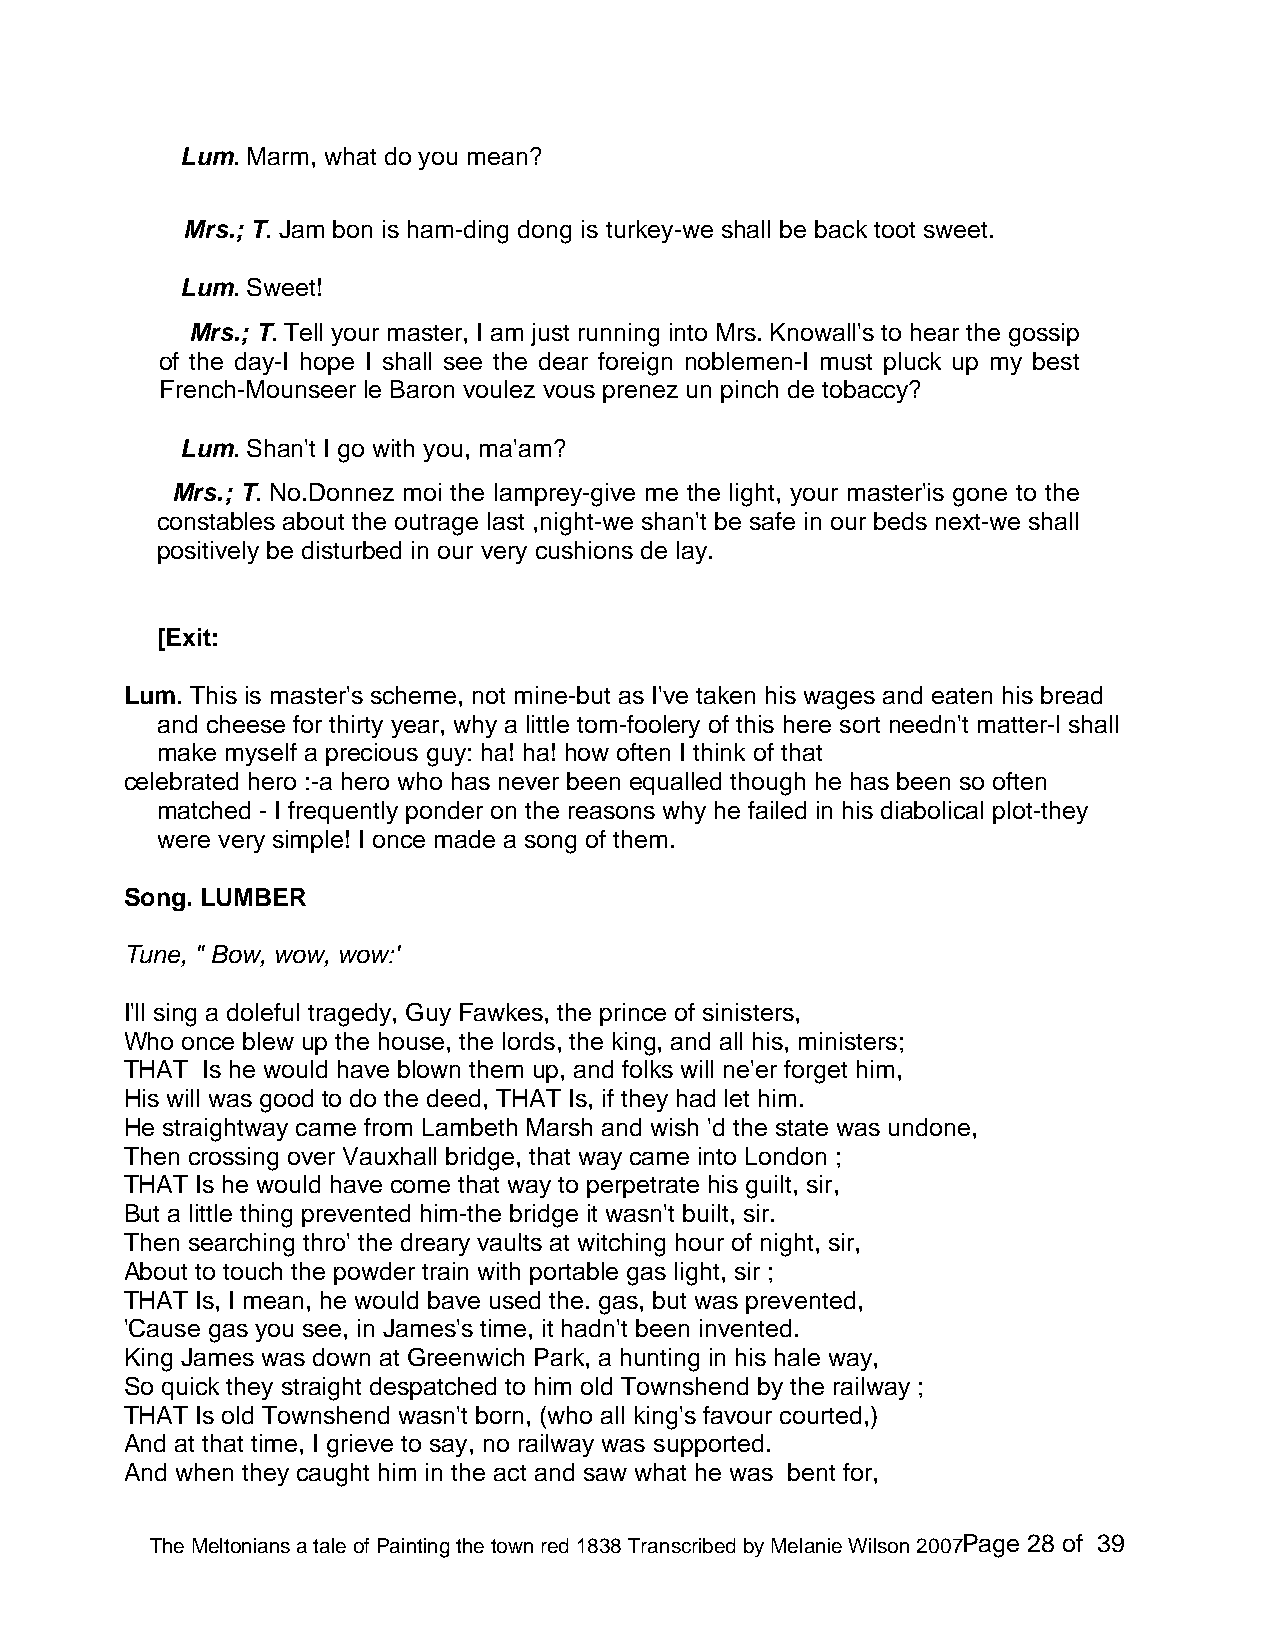
Lum. Marm, what do you mean?
 Mrs.; T. Jam bon is ham-ding dong is turkey-we shall be back toot sweet.
 Lum. Sweet!
 Mrs.; T. Tell your master, I am just running into Mrs. Knowall's to hear the gossip
 of the day-I hope I shall see the dear foreign noblemen-I must pluck up my best
 French-Mounseer le Baron voulez vous prenez un pinch de tobaccy?
 Lum. Shan't I go with you, ma'am?
 Mrs.; T. No.Donnez moi the lamprey-give me the light, your master'is gone to the
 constables about the outrage last ,night-we shan't be safe in our beds next-we shall
 positively be disturbed in our very cushions de lay.
 [Exit:
 Lum. This is master's scheme, not mine-but as I've taken his wages and eaten his bread
 and cheese for thirty year, why a little tom-foolery of this here sort needn't matter-l shall
 make myself a precious guy: ha! ha! how often I think of that
 celebrated hero :-a hero who has never been equalled though he has been so often
 matched - I frequently ponder on the reasons why he failed in his diabolical plot-they
 were very simple! I once made a song of them.
 Song. LUMBER
 Tune, " Bow, wow, wow:'
 I'll sing a doleful tragedy, Guy Fawkes, the prince of sinisters,
 Who once blew up the house, the lords, the king, and all his, ministers;
 THAT Is he would have blown them up, and folks will ne'er forget him,
 His will was good to do the deed, THAT Is, if they had let him.
 He straightway came from Lambeth Marsh and wish 'd the state was undone,
 Then crossing over Vauxhall bridge, that way came into London ;
 THAT Is he would have come that way to perpetrate his guilt, sir,
 But a little thing prevented him-the bridge it wasn't built, sir.
 Then searching thro' the dreary vaults at witching hour of night, sir,
 About to touch the powder train with portable gas light, sir ;
 THAT Is, I mean, he would bave used the. gas, but was prevented,
 'Cause gas you see, in James's time, it hadn't been invented.
 King James was down at Greenwich Park, a hunting in his hale way,
 So quick they straight despatched to him old Townshend by the railway ;
 THAT Is old Townshend wasn't born, (who all king's favour courted,)
 And at that time, I grieve to say, no railway was supported.
 And when they caught him in the act and saw what he was bent for,
 The Meltonians a tale of Painting the town red 1838 Transcribed by Melanie Wilson 2007Page 28 of 39